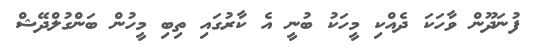
ފުނަދޫން ވާހަކަ ދެއްކި މީހަކު ބުނީ އެ ކާރުގައި ތިބި މީހުން ބަންގުލްދޭޝް